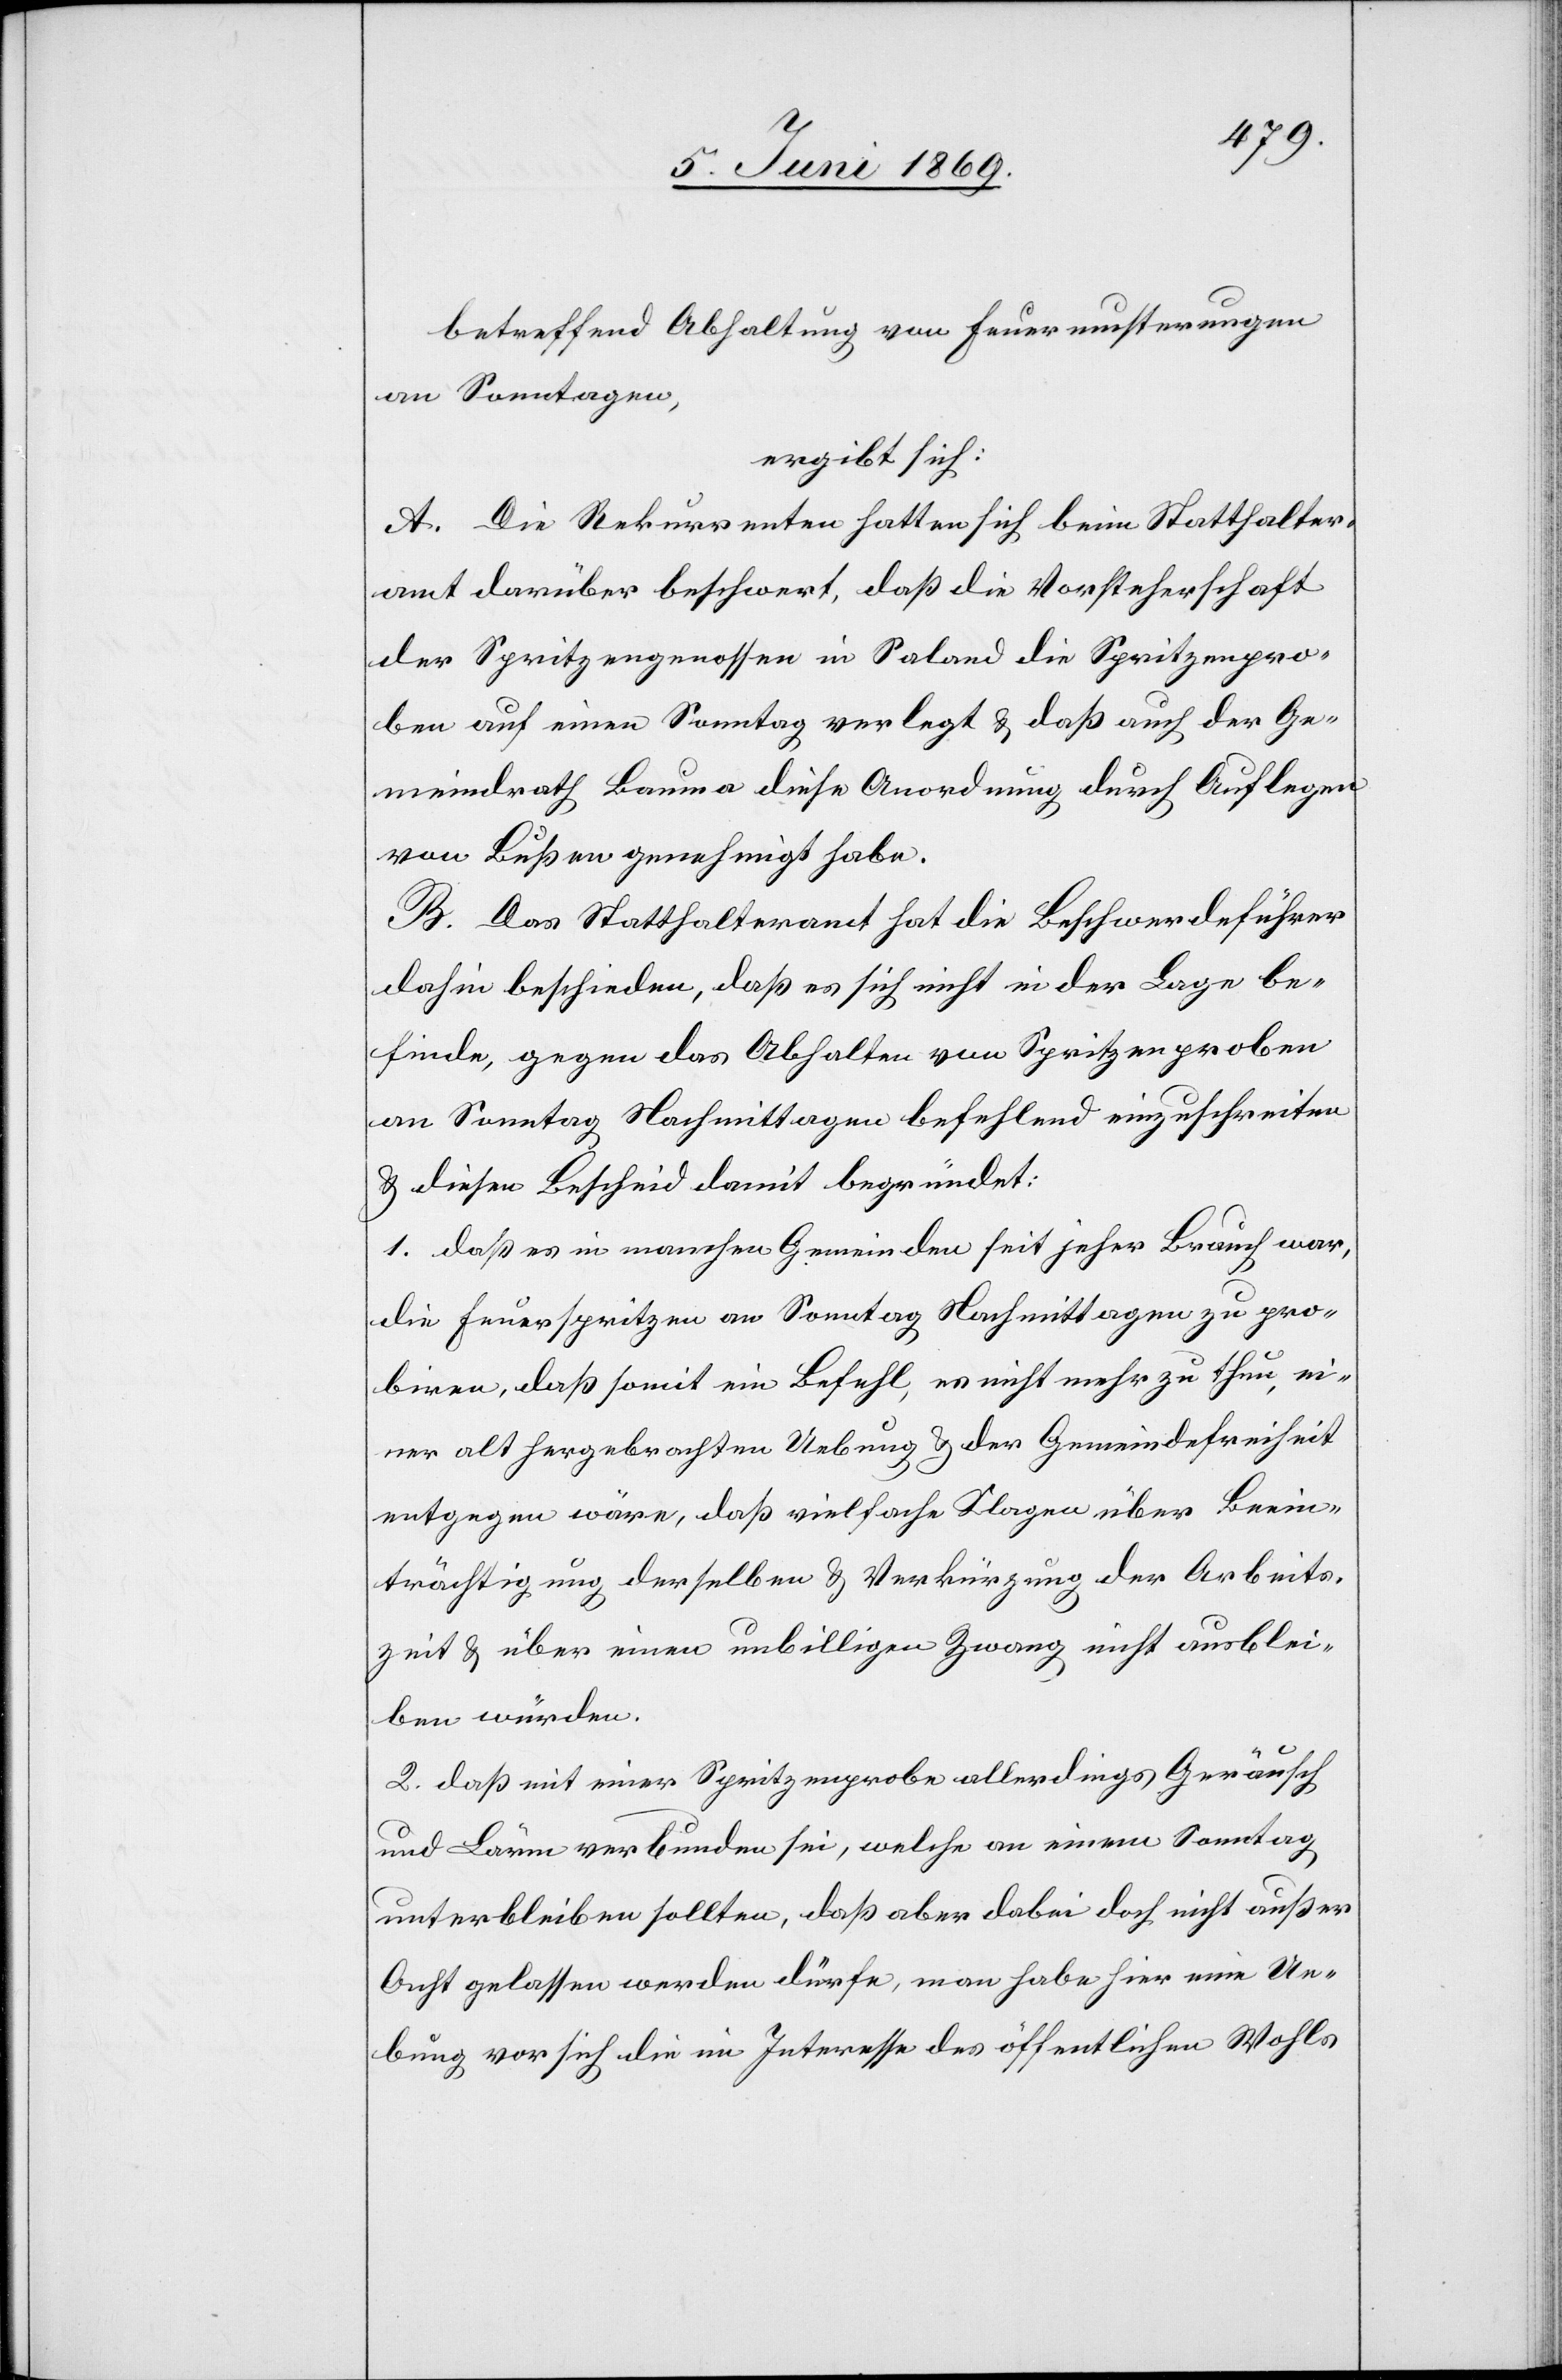
betreffend Abhaltung von Feuermusterungen
an Sonntagen,
ergibt sich:
A. Die Rekurrenten hatten sich beim Statthalter¬
amt darüber beschwert, daß die Vorsteherschaft
der Spritzengenossen in Saland die Spritzenpro¬
ben auf einen Sonntag verlegt u. daß auch der Ge¬
meindrath Bauma diese Anordnung durch Auflagen
von Bußen genehmigt habe.
B. Das Statthalteramt hat die Beschwerdeführer
dahin beschieden, daß es sich nicht in der Lage be¬
finde, gegen das Abhalten von Spritzenproben
an Sonntag Nachmittagen befehlend einzuschreiten
u. diesen Bescheid begründet:
1. daß es in manchen Gemeinden seit jeher Brauch war,
die Feuerspritzen an Sonntag Nachmittagen zu pro¬
biren, daß soweit ein Befehl, es nicht mehr zu thun, ei¬
ner alt hergebrachten Uebung u. der Gemeindefreiheit
entgegen wäre, daß vielfache Klagen über Beein¬
trächtigung derselben u. Verkürzung der Arbeits¬
zeit u. über einen unbilligen Zwang nicht ausblei¬
ben würden.
2. daß mit einer Spritzenprobe allerdings Geräusch
und Lärm verbunden sei, welche an einem Sonntag
unterbleiben sollten, daß aber dabei doch nicht außer
Acht gelassen werden dürfe, man habe hier eine Ue¬
bung vor sich die im Interesse des öffentlichen Wohls